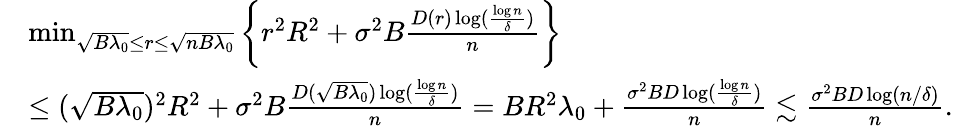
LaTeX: \begin{array}{rl}&{\operatorname*{min}_{\sqrt{B\lambda_{0}}\leq r\leq\sqrt{nB\lambda_{0}}}\bigg\{ r^{2}R^{2}+\sigma^{2}B\frac{D(r)\log(\frac{\log n}{\delta})}{n}\bigg\} }\\ &{\leq(\sqrt{B\lambda_{0}})^{2}R^{2}+\sigma^{2}B\frac{D(\sqrt{B\lambda_{0}})\log(\frac{\log n}{\delta})}{n}=BR^{2}\lambda_{0}+\frac{\sigma^{2}BD\log(\frac{\log n}{\delta})}{n}\lesssim\frac{\sigma^{2}BD\log(n/\delta)}{n}.}\end{array}